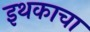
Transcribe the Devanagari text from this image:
इथकाचा